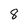
Character: 8